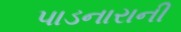
પાડનારાની